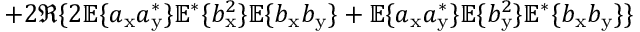
+ 2 \Re \{ 2 \mathbb { E } \{ a _ { \mathrm { x } } a _ { \mathrm { y } } ^ { \ast } \} \mathbb { E } ^ { \ast } \{ b _ { \mathrm { x } } ^ { 2 } \} \mathbb { E } \{ b _ { \mathrm { x } } b _ { \mathrm { y } } \} + \mathbb { E } \{ a _ { \mathrm { x } } a _ { \mathrm { y } } ^ { \ast } \} \mathbb { E } \{ b _ { \mathrm { y } } ^ { 2 } \} \mathbb { E } ^ { \ast } \{ b _ { \mathrm { x } } b _ { \mathrm { y } } \} \}